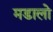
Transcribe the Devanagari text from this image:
मडालो